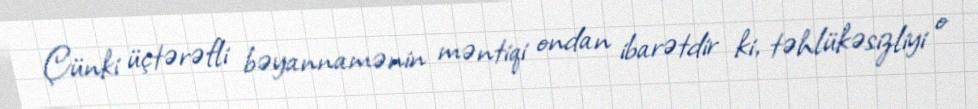
Çünki üçtərəfli bəyannamənin məntiqi ondan ibarətdir ki, təhlükəsizliyi o